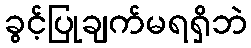
ခွင့်ပြုချက်မရရှိဘဲ